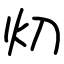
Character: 灱